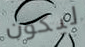
ليكون